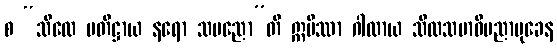
စ “သီလေ ပတိဋ္ဌာယ နရော သပညော”တိ ဣမိဿာ ဂါထာယ သီလသမာဓိပညာမုခေန